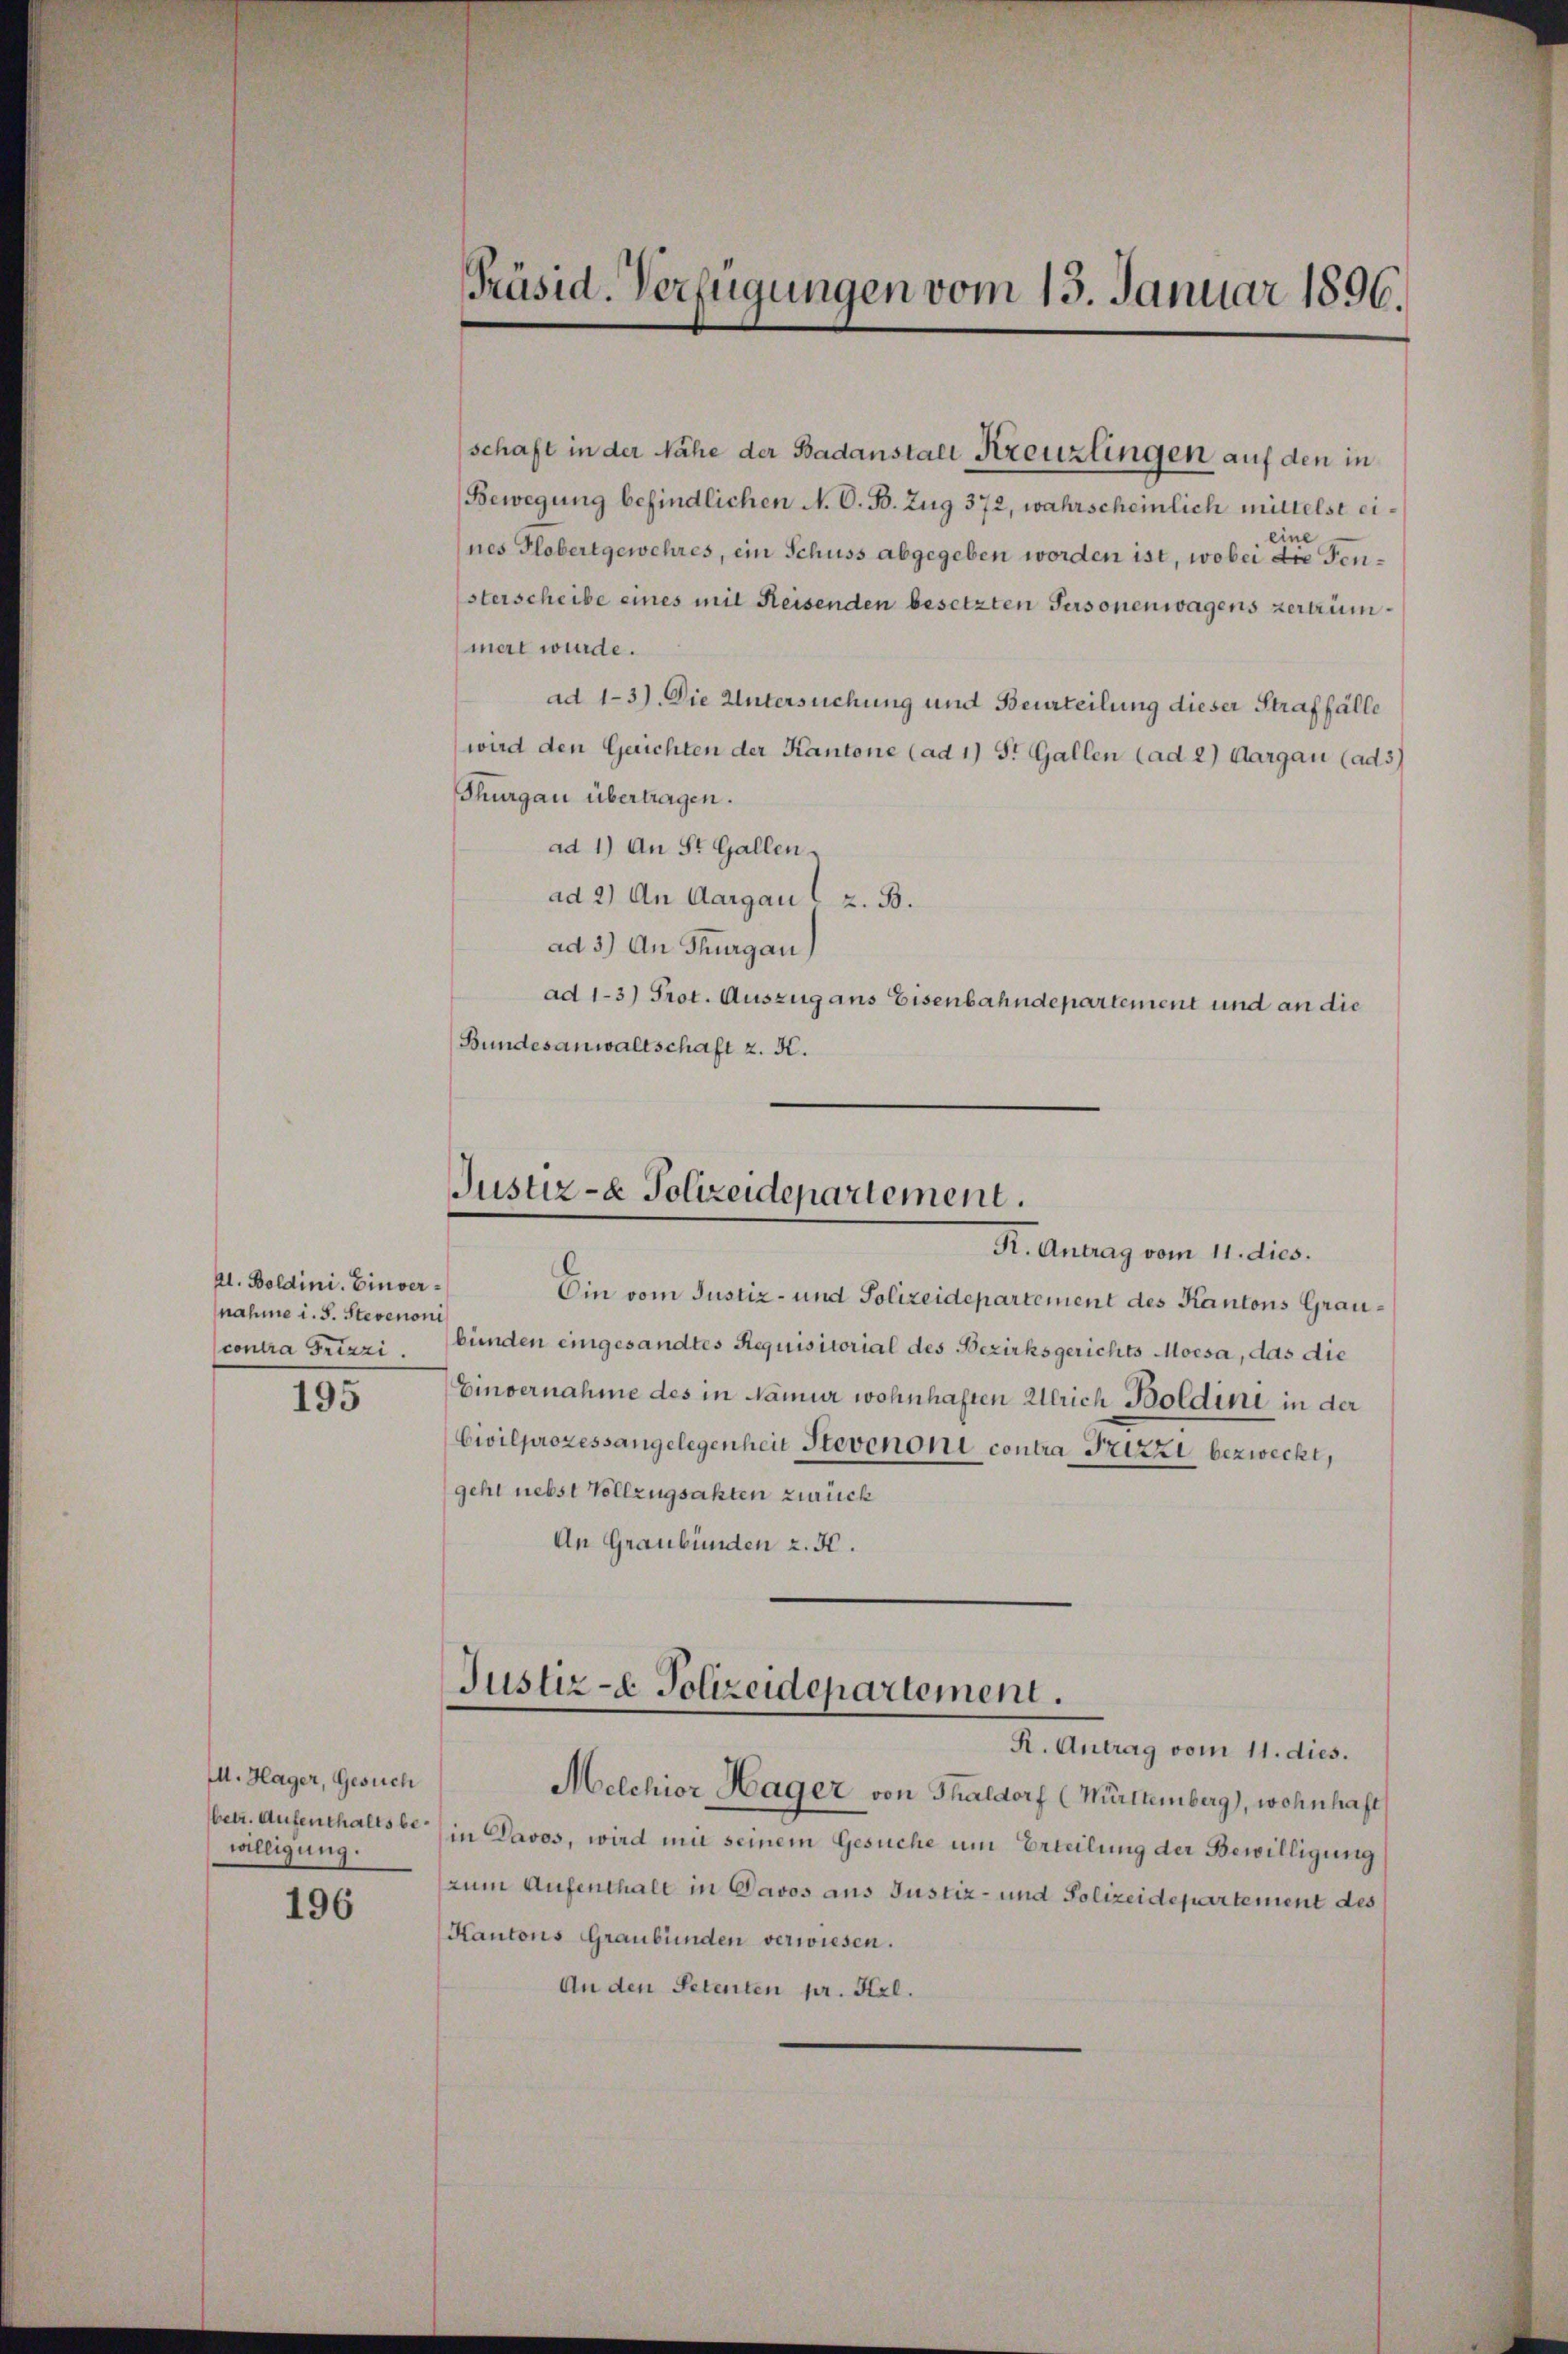
al. Boldini. Einvernahme i. S. Stevenoni
195

M. Hager, Gesuch
betr. Aufenthalts bewilligung.

196

Präsid. Verfügungen vom 13. Januar 1896.

schaft in der Nähe der Badanstalt Kreuzlingen auf den in
Bewegung befindlichen N. O. B. Zug 372, wahrscheinlich mittelst eines Globertgewehres, ein Schuss abgegeben worden ist, wobei die Fen¬
Esterscheibe eines mit Reisenden besetzten Personenwagens zertrümmal wurde.
ad 1-3). Die Untersuchung und Beurteilung dieser Straffälle
wird den Gerichten der Kantone (ad 1) S. Gallen (ad 2) Aargau (ad 3)
Thurgau übertragen.
ad 1) An St. Gallen
ad 2) An Aargau (z. B.
ad 3.) An Thurgau)
ad 1-3) Prot. Auszug aus Eisenbahndepartement und an die
Bundesanwaltschaft z. K.
Ein vom Justiz- und Polizeidepartement des Kantons Graucontra Frizzi bünden eingesandtes Requisitorial des Bezirksgerichts Moisa, das die
Einvernahme des in Namur wohnhaften Ulrich Boldini in der
Civilprozessangelegenheit Stevanoni contra Frizzi bezweckt,
geht nebst Vollzugsakten zurück
An Graubünden 2. 50.
Justiz- & Polizeidepartement.
R. Antrag vom 11. dies.
Melchior Hager von Thaldorf (Mürttemberg), wohnhaft
in Davos, wird mit seinem Gesuche um Erteilung der Bewilligung
zum Aufenthalt in Davos aus Justiz- und Polizeidepartement des
Kantons Graubünden verwiesen.
An den Petenten pr. Frl.

Justiz- & Polizeidepartement.
R. Antrag vom 11. dies